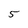
Character: 5